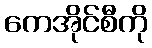
ကေအိုင်စီကို